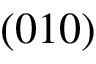
( 0 1 0 )